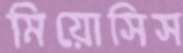
মিয়োসিস